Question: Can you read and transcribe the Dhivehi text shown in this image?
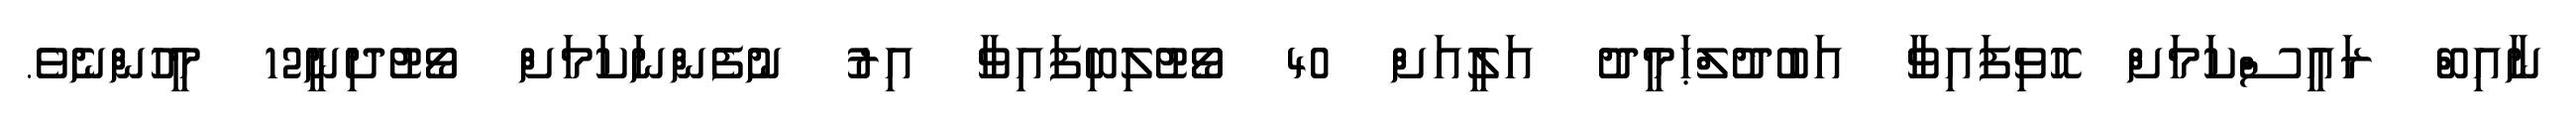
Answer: ނާއިބް ރައީސްކަމަށް ހޮވިފައިވާ އަބުދުލްޙަމީދު އަލީއަށް 40 ވޯޓުލިބިފައިވާ އިރު ނުފެންނަކަމަށް ވޯޓުދިނީ12 މީހުންނެވެ.